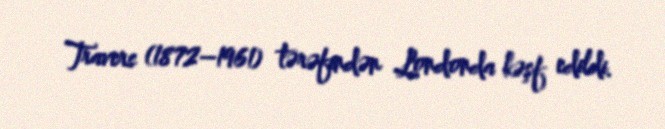
Travers (1872–1961) tərəfindən Londonda kəşf edildi.